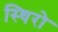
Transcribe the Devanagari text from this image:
स्थिरो